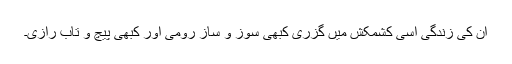
ان کی زندگی اسی کشمکش میں گزری کبھی سوز و ساز رومی اور کبھی پیچ و تاب رازی۔